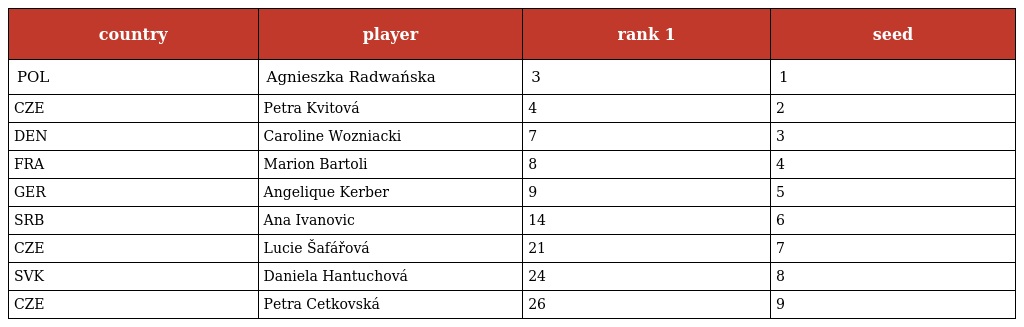
| country | player | rank 1 | seed |
 | --- | --- | --- | --- |
 | POL | Agnieszka Radwańska | 3 | 1 |
 | CZE | Petra Kvitová | 4 | 2 |
 | DEN | Caroline Wozniacki | 7 | 3 |
 | FRA | Marion Bartoli | 8 | 4 |
 | GER | Angelique Kerber | 9 | 5 |
 | SRB | Ana Ivanovic | 14 | 6 |
 | CZE | Lucie Šafářová | 21 | 7 |
 | SVK | Daniela Hantuchová | 24 | 8 |
 | CZE | Petra Cetkovská | 26 | 9 |